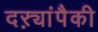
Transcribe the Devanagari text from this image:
दऱ्यांपैकी